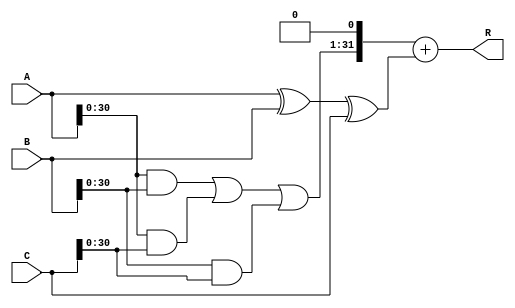
`timescale 1ns / 1ps
//////////////////////////////////////////////////////////////////////////////////
// Company:     SHU
// 
// Design Name: 
// Module Name: csa_adder_3i_32b
// Project Name: 
// Target Devices: 
// Tool Versions: 
// Description: 
//              32  3  CSA  
// Dependencies: 
// 
// Revision:
// Revision 0.01 - File Created
// Additional Comments:
// 
//////////////////////////////////////////////////////////////////////////////////


module csa_adder_3i_32b(
    input   [31:0]      A,
    input   [31:0]      B,
    input   [31:0]      C,
    output  [31:0]      R   
    );

    wire [31:0]     S;
    wire [31:0]     Ca;
    wire [33:0]     R_tmp;

    //3-2 CSA
    assign  S = A ^ B ^ C;
    assign  Ca = (A & B) | (A & C) | (B & C);
    
    //
    assign  R_tmp = {Ca,{1'b0}} + S;

    //,
    assign  R = R_tmp[31:0];
endmodule